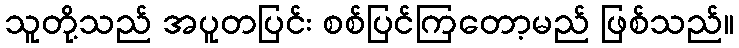
သူတို့သည် အပူတပြင်း စစ်ပြင်ကြတော့မည် ဖြစ်သည်။